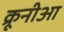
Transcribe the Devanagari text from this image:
क्रूनीआ